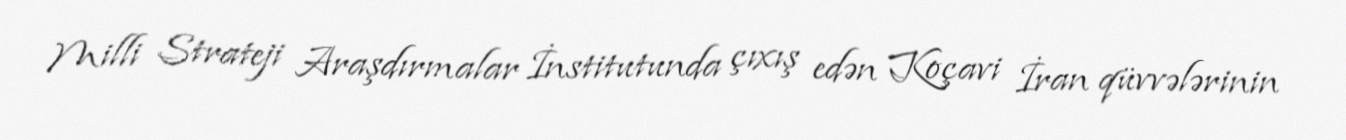
Milli Strateji Araşdırmalar İnstitutunda çıxış edən Koçavi İran qüvvələrinin